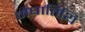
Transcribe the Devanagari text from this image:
मेघातिथि